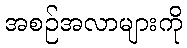
အစဉ်အလာများကို